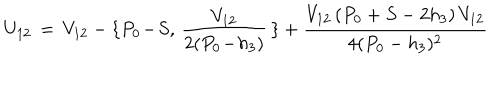
LaTeX: U _ { 1 2 } \, = \, V _ { 1 2 } - \{ P _ { 0 } \! - \! S , \, { \frac { V _ { 1 2 } } { 2 ( P _ { 0 } \! - \! h _ { 3 } ) } } \, \} + { \frac { V _ { 1 2 } \, ( P _ { 0 } + S - 2 h _ { 3 } ) \, V _ { 1 2 } } { 4 ( P _ { 0 } - h _ { 3 } ) ^ { 2 } } }